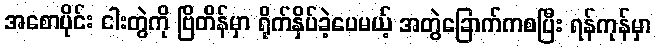
အစောပိုင်း ငါးတွဲကို ဗြိတိန်မှာ ရိုက်နှိပ်ခဲ့ပေမယ့် အတွဲခြောက်ကစပြီး ရန်ကုန်မှာ